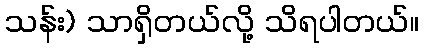
သန်း) သာရှိတယ်လို့ သိရပါတယ်။